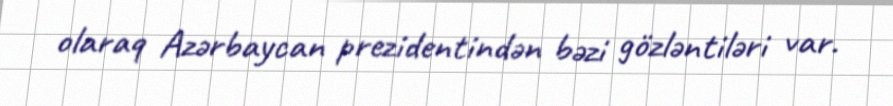
olaraq Azərbaycan prezidentindən bəzi gözləntiləri var.